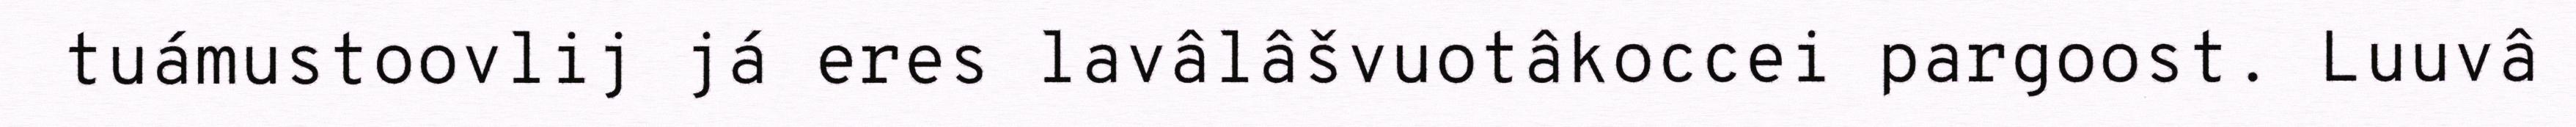
tuámustoovlij já eres lavâlâšvuotâkoccei pargoost. Luuvâ